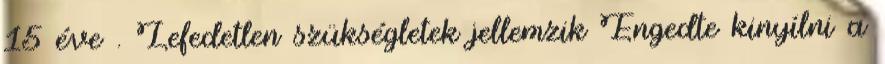
15 éve . Lefedetlen szükségletek jellemzik Engedte kinyílni a